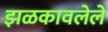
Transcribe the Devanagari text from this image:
झळकावलेले